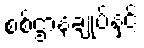
စစ်ဌာနချုပ်နှင့်